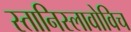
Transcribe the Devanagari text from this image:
स्तानिस्लावोविच